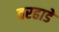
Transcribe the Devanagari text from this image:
वरहाडे